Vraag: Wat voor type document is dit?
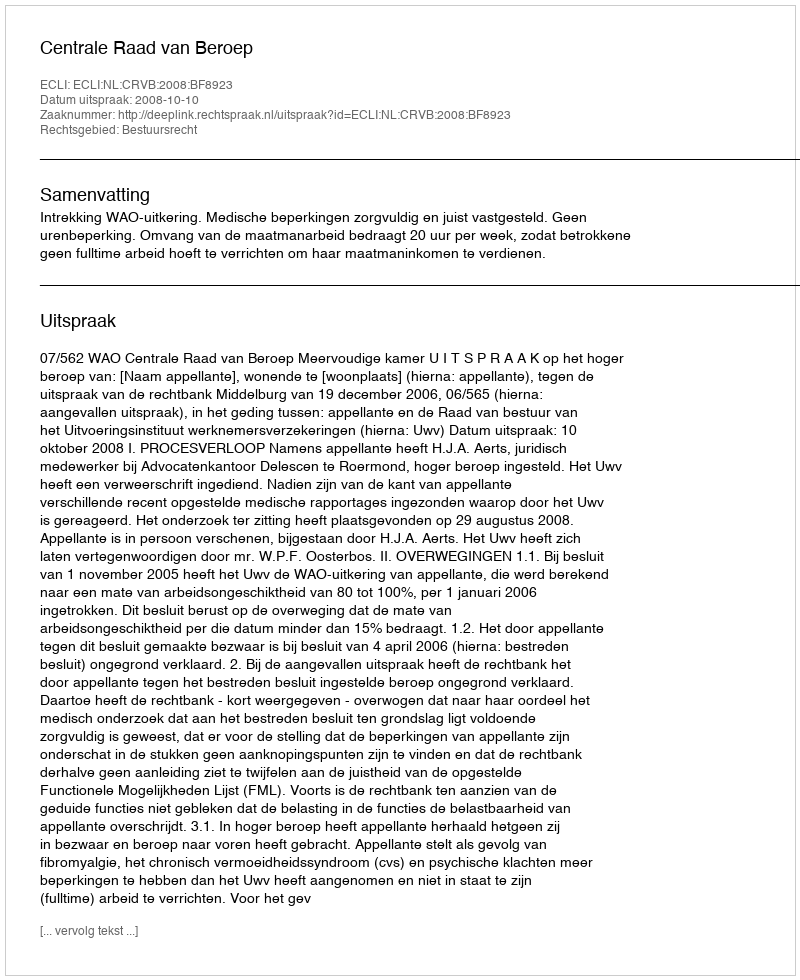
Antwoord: Uitspraak